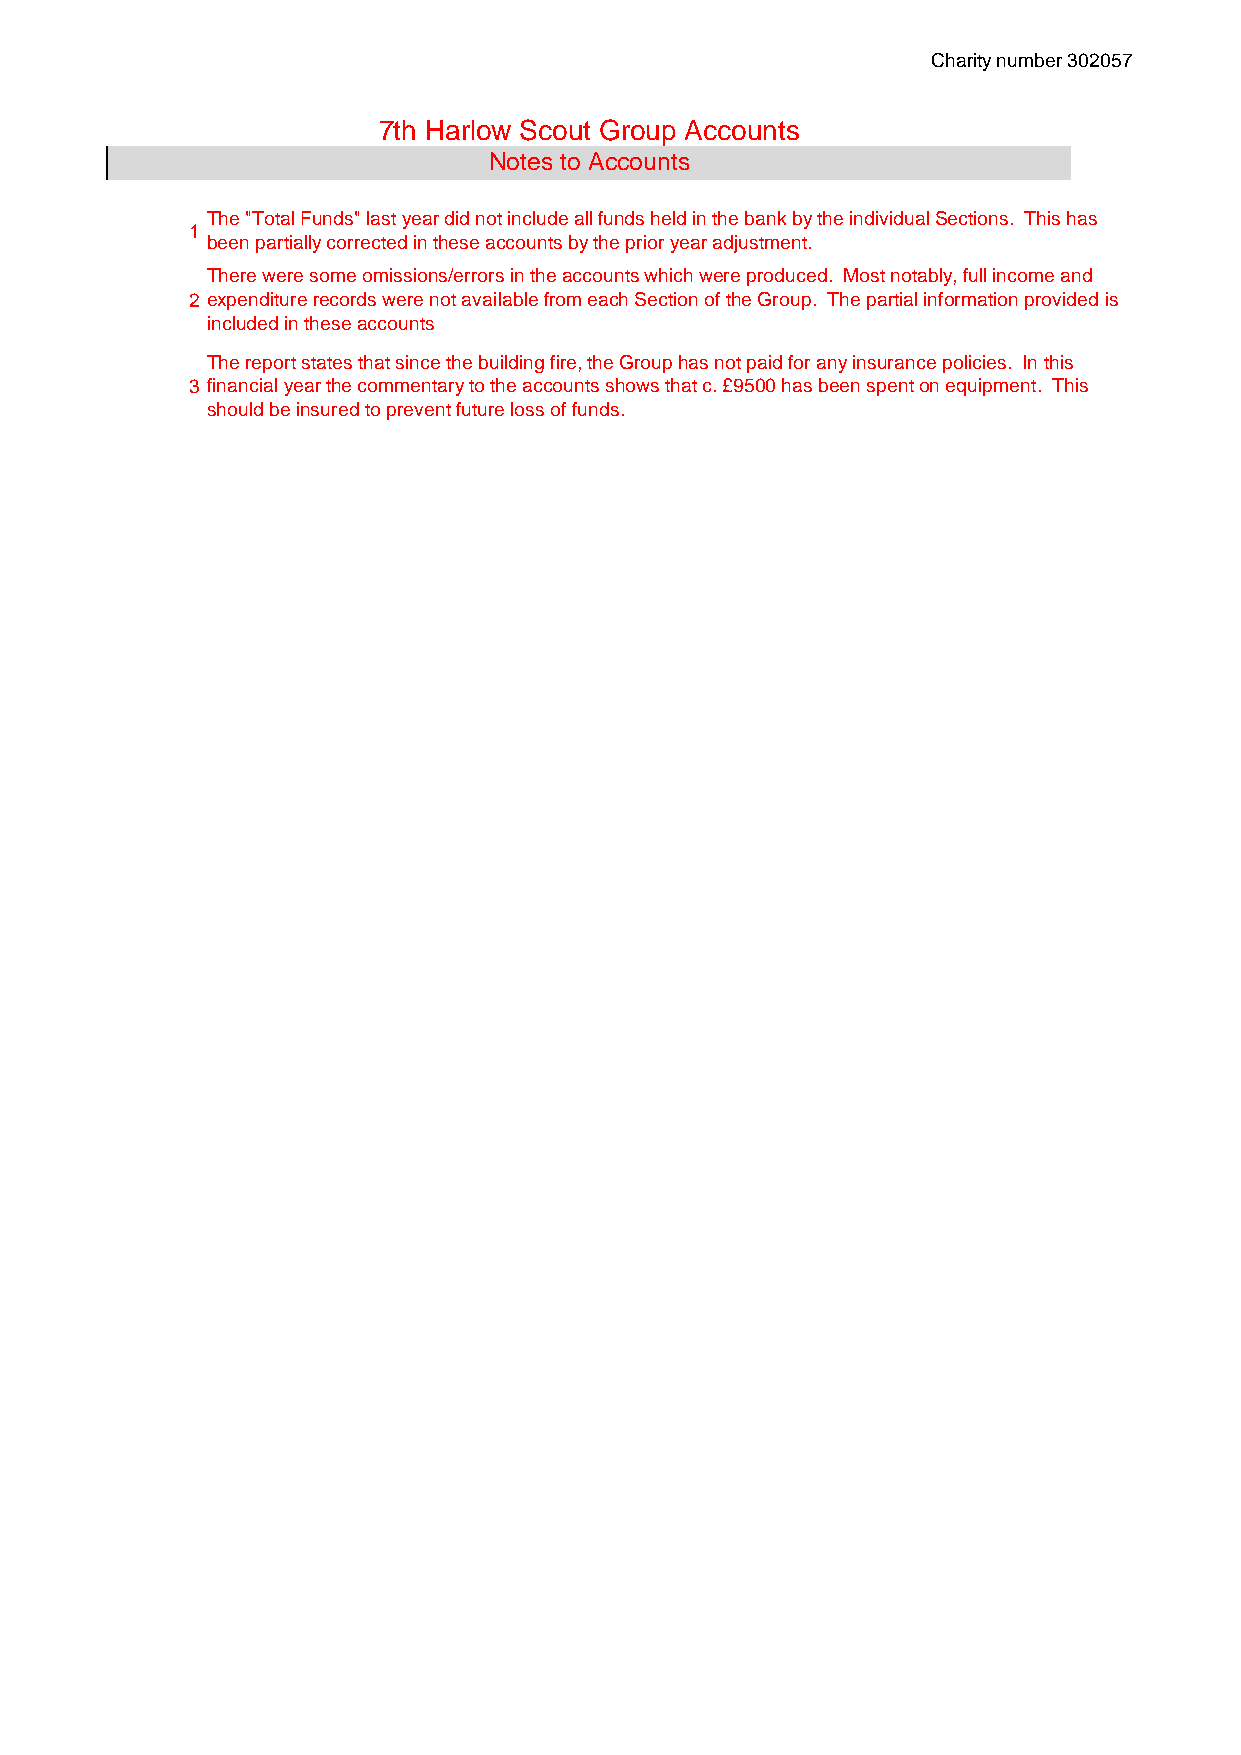
Charity number 302057
 7th Harlow Scout Group Accounts
 Notes to Accounts
 The "Total Funds" last year did not include all funds held in the bank by the individual Sections. This has
 1
 been partially corrected in these accounts by the prior year adjustment.
 There were some omissions/errors in the accounts which were produced. Most notably, full income and
 2 expenditure records were not available from each Section of the Group. The partial information provided is
 included in these accounts
 The report states that since the building fire, the Group has not paid for any insurance policies. In this
 3 financial year the commentary to the accounts shows that c. £9500 has been spent on equipment. This
 should be insured to prevent future loss of funds.